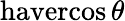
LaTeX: \operatorname{havercos}\theta